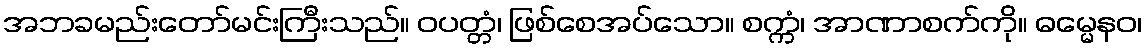
အဘခမည်းတော်မင်းကြီးသည်။ ဝပတ္တံ၊ ဖြစ်စေအပ်သော။ စက္ကံ၊ အာဏာစက်ကို။ ဓမ္မေနဝ၊